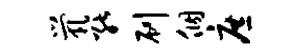
茕能刷个庶